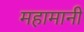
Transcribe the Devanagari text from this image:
महामानी